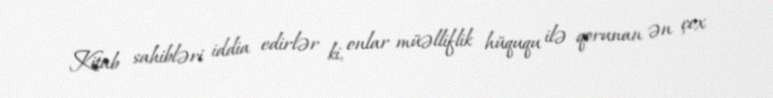
Kitab sahibləri iddia edirlər ki, onlar müəlliflik hüququ ilə qorunan ən çox